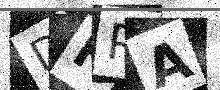
Text: DFPA